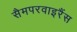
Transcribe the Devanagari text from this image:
सैमपरवाइरैंस